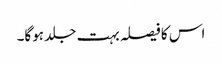
اس کا فیصلہ بہت جلد ہوگا۔